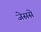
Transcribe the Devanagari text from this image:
जेससे